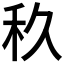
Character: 𱵼